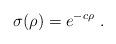
LaTeX: \begin{align*} \sigma(\rho) = e^{-c \rho}~.\end{align*}